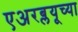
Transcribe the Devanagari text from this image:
एअरब्लयूच्या